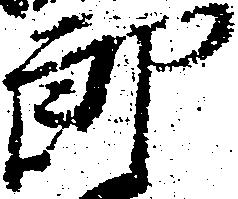
郎